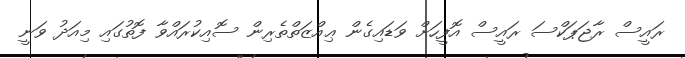
ރައީސް ރާޖަޕަކްސަ ރައީސް އޮފީހަށް ވަޑައިގެން ޢިއްޒަތްތެރިން ސޮއިކުރައްވާ ފޮތުގައި މިއަދު ވަނީ